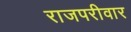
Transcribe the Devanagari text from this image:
राजपरीवार